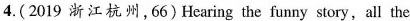
4. (2019 浙江杭州,66)Hearing the funny story,all the